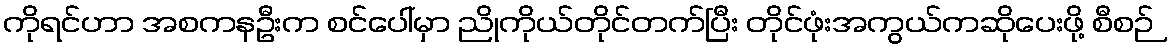
ကိုရင်ဟာ အစကနဦးက စင်ပေါ်မှာ ညိုကိုယ်တိုင်တက်ပြီး တိုင်ဖုံးအကွယ်ကဆိုပေးဖို့ စီစဉ်